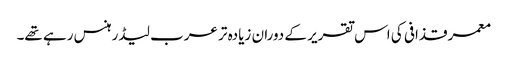
معمر قذافی کی اس تقریر کے دوران زیادہ تر عرب لیڈر ہنس رہے تھے۔